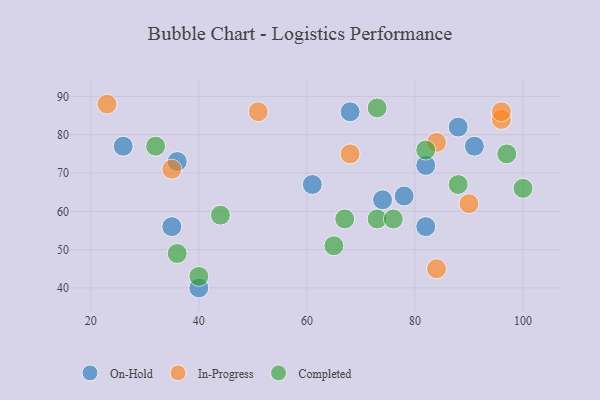
{"axis": {"x": "GDP", "y": "Life Expectancy"}, "legend": ["Completed", "In-Progress", "On-Hold"], "data": [{"x": "91", "y": 77, "type": "On-Hold"}, {"x": "78", "y": 64, "type": "On-Hold"}, {"x": "40", "y": 40, "type": "On-Hold"}, {"x": "82", "y": 72, "type": "On-Hold"}, {"x": "61", "y": 67, "type": "On-Hold"}, {"x": "82", "y": 56, "type": "On-Hold"}, {"x": "26", "y": 77, "type": "On-Hold"}, {"x": "68", "y": 86, "type": "On-Hold"}, {"x": "35", "y": 56, "type": "On-Hold"}, {"x": "36", "y": 73, "type": "On-Hold"}, {"x": "88", "y": 82, "type": "On-Hold"}, {"x": "74", "y": 63, "type": "On-Hold"}, {"x": "68", "y": 75, "type": "In-Progress"}, {"x": "23", "y": 88, "type": "In-Progress"}, {"x": "51", "y": 86, "type": "In-Progress"}, {"x": "35", "y": 71, "type": "In-Progress"}, {"x": "96", "y": 84, "type": "In-Progress"}, {"x": "90", "y": 62, "type": "In-Progress"}, {"x": "84", "y": 78, "type": "In-Progress"}, {"x": "96", "y": 86, "type": "In-Progress"}, {"x": "84", "y": 45, "type": "In-Progress"}, {"x": "44", "y": 59, "type": "Completed"}, {"x": "65", "y": 51, "type": "Completed"}, {"x": "73", "y": 58, "type": "Completed"}, {"x": "36", "y": 49, "type": "Completed"}, {"x": "40", "y": 43, "type": "Completed"}, {"x": "73", "y": 87, "type": "Completed"}, {"x": "88", "y": 67, "type": "Completed"}, {"x": "67", "y": 58, "type": "Completed"}, {"x": "100", "y": 66, "type": "Completed"}, {"x": "76", "y": 58, "type": "Completed"}, {"x": "82", "y": 76, "type": "Completed"}, {"x": "97", "y": 75, "type": "Completed"}, {"x": "32", "y": 77, "type": "Completed"}]}